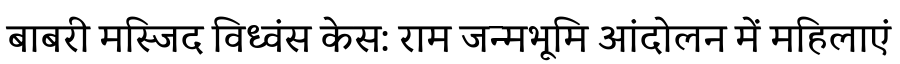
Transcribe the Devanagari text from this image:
बाबरी मस्जिद विध्वंस केस: राम जन्मभूमि आंदोलन में महिलाएं